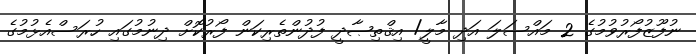
ނުފޫޒުފޯރުވުމުގެ 2 މައްސަލަ އަދި މާލީ/ އިޤްތިޞާދީ ފުދުންތެރިކަން ފޯރުކޮށް ދިނުމުގައި ހުރަސްއެޅުމުގެ